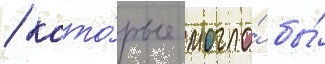
/ кото́рые могло́ бы́